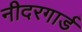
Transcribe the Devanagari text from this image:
नीदरगार्ड